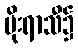
မိုးရာသီ၌